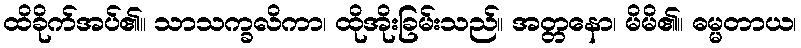
ထိခိုက်အပ်၏။ သာသက္ခလိကာ၊ ထိုအိုးခြမ်းသည်။ အတ္တနော၊ မိမိ၏။ ဓမ္မတာယ၊